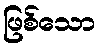
ဖြစ်သော